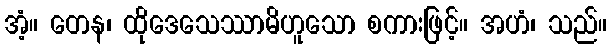
အံ့။ တေန၊ ထိုဒေသေဿာမိဟူသော စကားဖြင့်။ အဟံ၊ သည်။